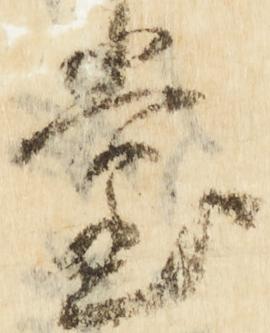
堂